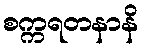
စက္ကရတနာနိ